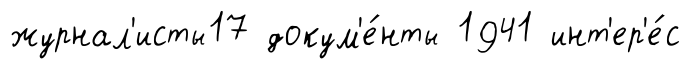
журнал'исты17 докум'е́нты 1941 инт'ер'е́с